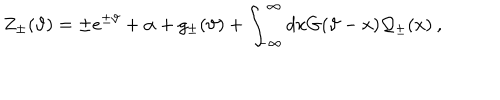
\displaystyle Z _ { \pm } ( \vartheta ) = \pm e ^ { \pm \vartheta } + \alpha + g _ { \pm } ( \vartheta ) + \displaystyle \int _ { - \infty } ^ { \infty } d x G ( \vartheta - x ) { \cal Q } _ { \pm } ( x ) \: ,